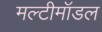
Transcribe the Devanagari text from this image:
मल्टीमॉडल